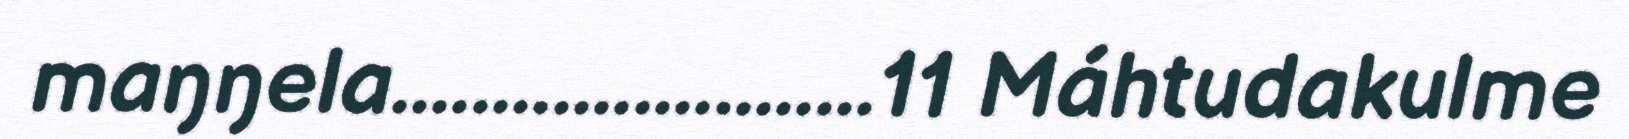
maŋŋela........................11 Máhtudakulme